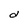
Character: d